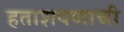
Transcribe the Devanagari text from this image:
हताशपणाची